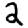
Digit: 2